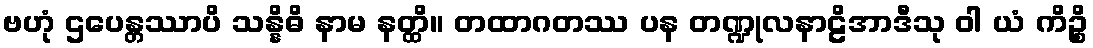
ဗဟုံ ဌပေန္တဿာပိ သန္နိဓိ နာမ နတ္ထိ။ တထာဂတဿ ပန တဏ္ဍုလနာဠိအာဒီသု ဝါ ယံ ကိဉ္စိ